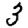
Digit: 3